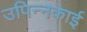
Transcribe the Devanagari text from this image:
उपिन्नकाई